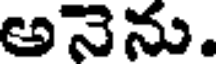
అనెను.